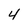
Character: 4